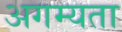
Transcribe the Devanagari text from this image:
अगम्यता